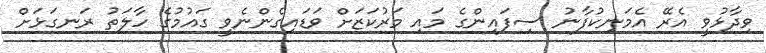
ވިދާޅުވީ އެރޭ އެމަނިކުފާނު ސިފައިންގެ މައި މަރުކަޒަށް ވަޑައިގެންނެވީ ގައުމުގެ ހާލަތު ރަނގަޅަށް